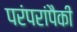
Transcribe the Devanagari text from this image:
परंपरांपैकी